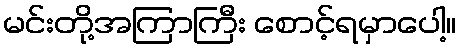
မင်းတို့အကြာကြီး စောင့်ရမှာပေါ့။